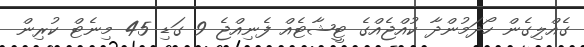
ގެއްލިގެން ހޯދަމުންދާ ކުއްޖެއްގެ ޓީޝާޓެއް ފެނިއްޖެ 9 ގަޑި 45 މިނެޓް ކުރިން